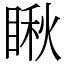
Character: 瞅